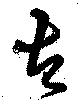
古